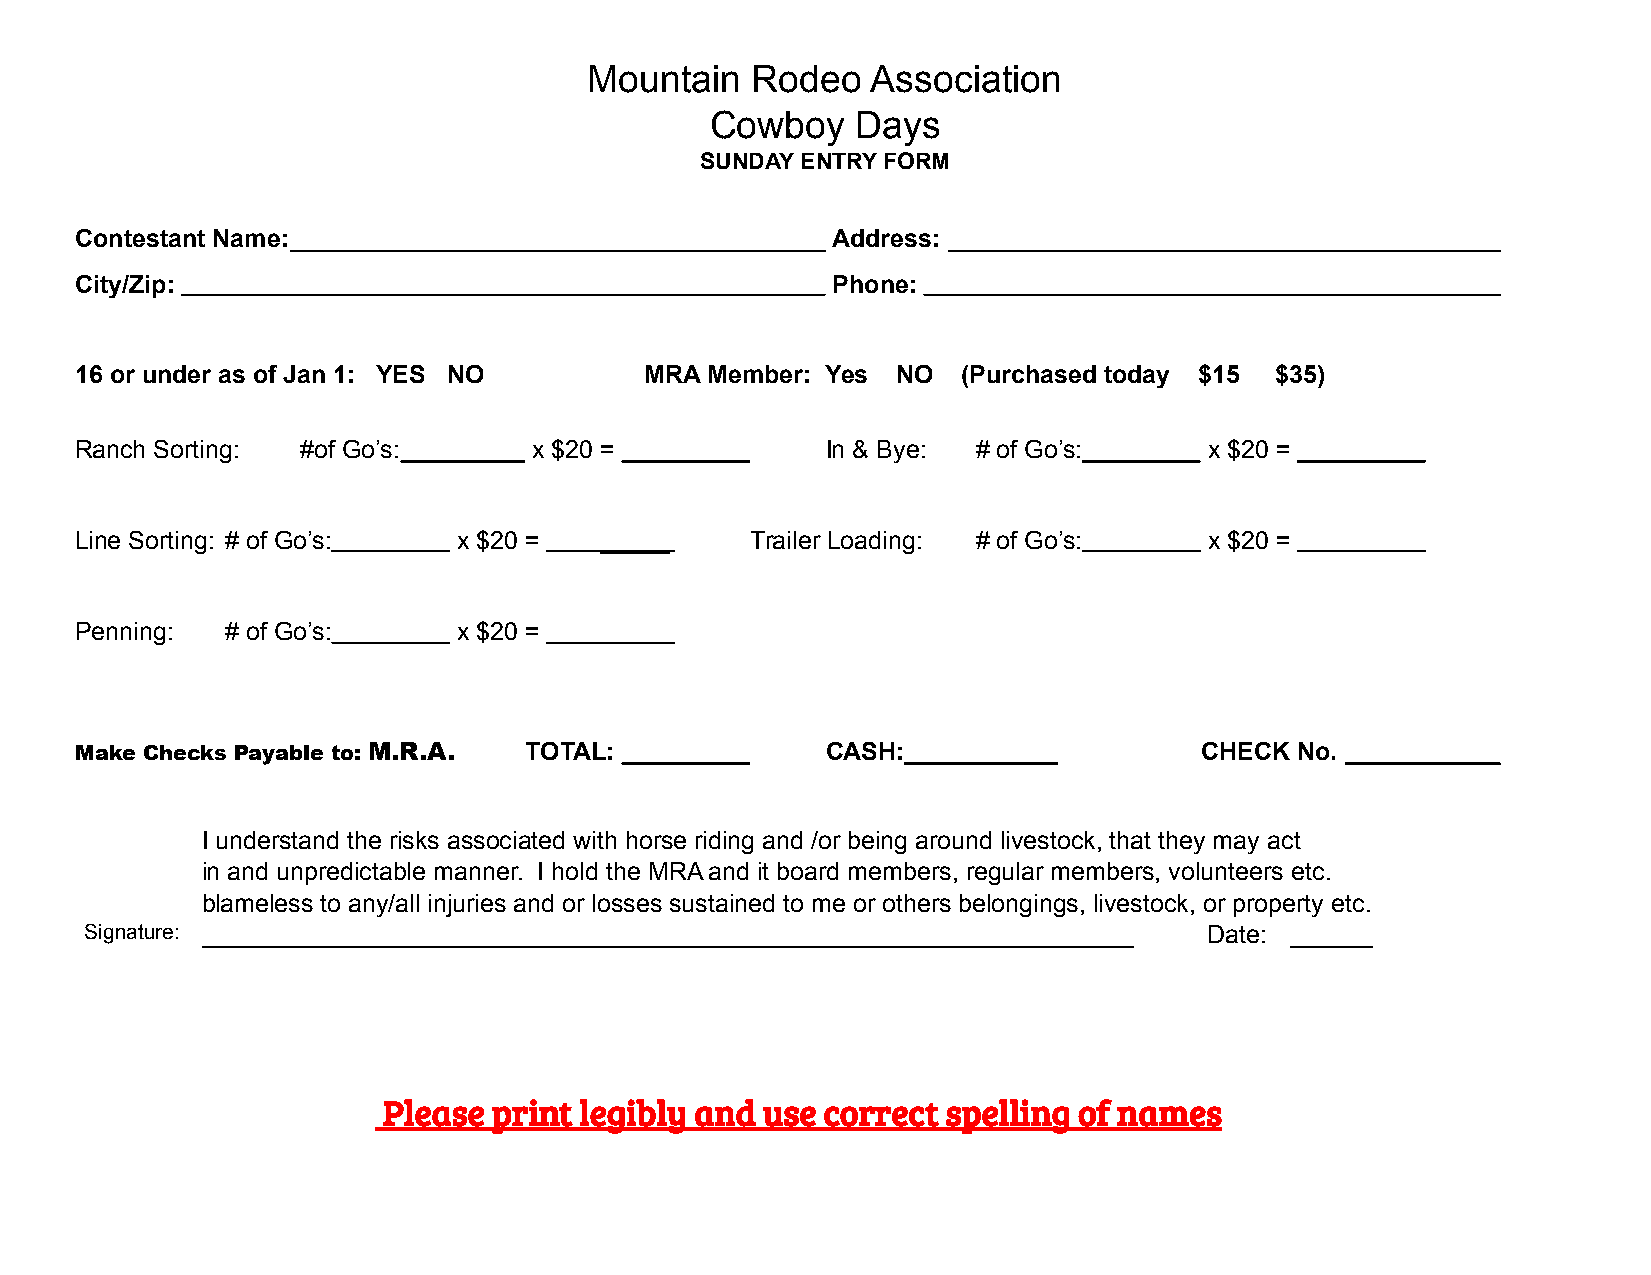
Mountain   Rodeo   Association
 Cowboy    Days
 SUNDAY ENTRY FORM
 Contestant Name:                                  Address:
 City/Zip:                                         Phone:
 16 or under as of Jan 1: YES NO       MRA Member: Yes NO   (Purchased today $15 $35)
 Ranch Sorting: #of Go’s:      x $20 =             In & Bye: # of Go’s:     x $20 =
 Line Sorting: # of Go’s: x $20 =   _____     Trailer Loading: # of Go’s:   x $20 =
 Penning:  # of Go’s:     x $20 =
 Make Checks Payable to: M.R.A. TOTAL:             CASH:___________        CHECK  No.
 I understand the risks associated with horse riding and /or being around livestock, that they may act
 in and unpredictable manner. I hold the MRA and it board members, regular members, volunteers etc.
 blameless to any/all injuries and or losses sustained to me or others belongings, livestock, or property etc.
 Signature: ___________________________________________________________________ Date: ______
 Please  print legibly and use correct spelling of names